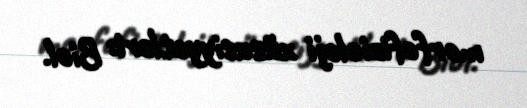
morfofizioloji xüsusiyyətləri: Biol.